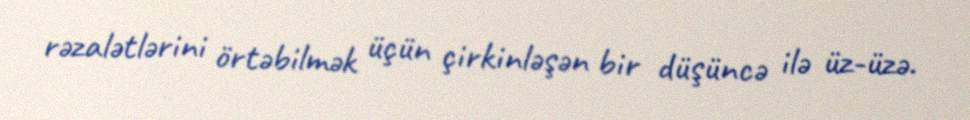
rəzalətlərini örtəbilmək üçün çirkinləşən bir düşüncə ilə üz-üzə.